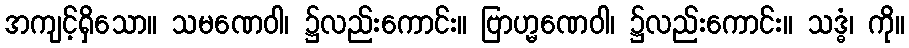
အကျင့်ရှိသော။ သမဏေဝါ၊ ၌လည်းကောင်း။ ဗြာဟ္မဏေဝါ၊ ၌လည်းကောင်း။ သဒ္ဓံ၊ ကို။